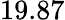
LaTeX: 19.87